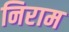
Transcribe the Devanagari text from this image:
निराम